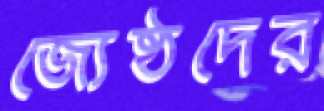
জ্যেষ্ঠদের